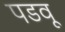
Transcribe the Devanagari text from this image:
पडवू